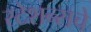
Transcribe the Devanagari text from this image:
स्टेशन्सचे